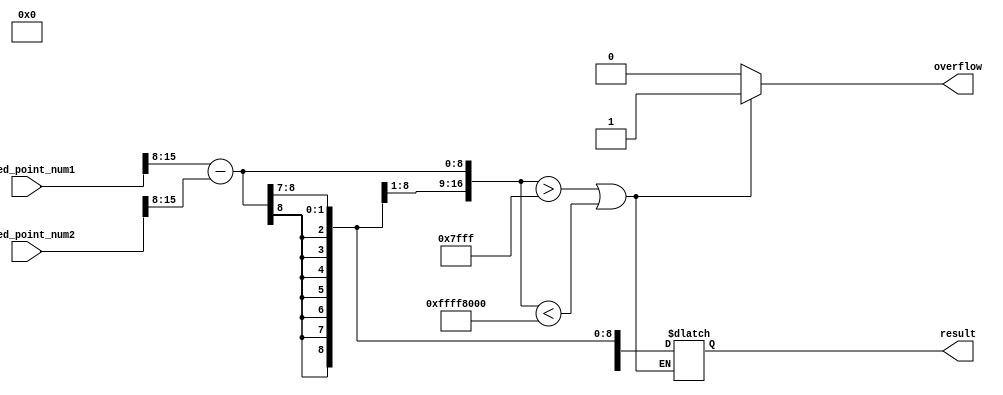
module fixed_point_subtractor (
    input [15:0] fixed_point_num1,
    input [15:0] fixed_point_num2,
    output reg [15:0] result,
    output reg overflow
);

reg [15:0] int_num1;
reg [15:0] int_num2;
reg [16:0] temp_result;

always @* begin
    int_num1 = fixed_point_num1 >> 8; // Convert fixed-point number to integer
    int_num2 = fixed_point_num2 >> 8; // Convert fixed-point number to integer
    temp_result = int_num1 - int_num2;
    
    if(temp_result > 32767 || temp_result < -32768) begin
        overflow = 1;
    end else begin
        overflow = 0;
        result = {temp_result[15], temp_result[14:7]}; // Convert integer result back to fixed-point format
    end
end

endmodule